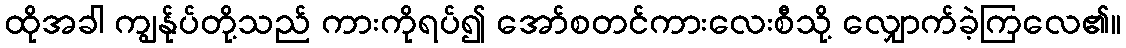
ထိုအခါ ကျွန်ုပ်တို့သည် ကားကိုရပ်၍ အော်စတင်ကားလေးစီသို့ လျှောက်ခဲ့ကြလေ၏။